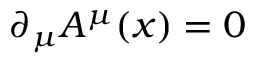
\partial _ { \mu } A ^ { \mu } ( x ) = 0